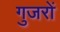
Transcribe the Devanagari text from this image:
गुजरों